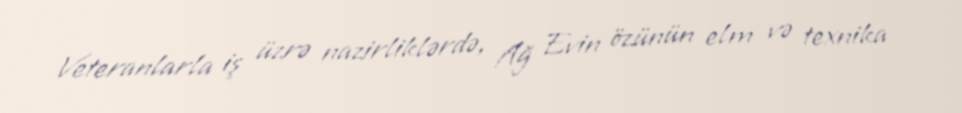
Veteranlarla iş üzrə nazirliklərdə, Ağ Evin özünün elm və texnika